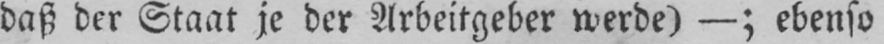
daß der Staat je der Arbeitgeber werde) -; ebenso